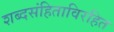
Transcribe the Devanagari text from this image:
शब्दसंहिताविरहित